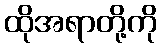
ထိုအရာတို့ကို